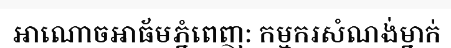
អាណោចអាធ័មភ្នំពេញ: កម្មករសំណង់ម្នាក់